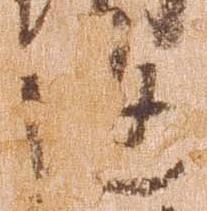
返